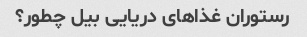
رستوران غذاهای دریایی بیل چطور؟